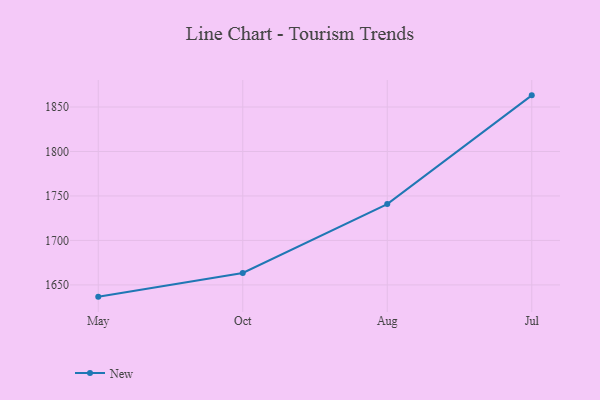
{"axis": {"x": "Month", "y": "Customer Acquisition Cost (USD)"}, "legend": ["New"], "data": [{"x": "May", "y": 1636.8, "type": "New"}, {"x": "Oct", "y": 1663.4, "type": "New"}, {"x": "Aug", "y": 1740.9, "type": "New"}, {"x": "Jul", "y": 1863.1, "type": "New"}]}